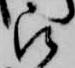
被